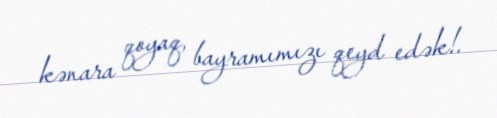
kənara qoyaq, bayramımızı qeyd edək!.